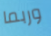
وربما